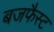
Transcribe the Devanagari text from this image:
बजफैस्ट